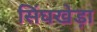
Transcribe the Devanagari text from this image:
सिंघखेड़ा